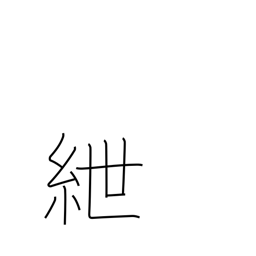
Meaning: fetters